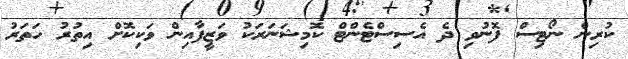
ކުރިން ނޯޓިސް ފޮނުވި ދެ އެސިސްޓެންޓް ކޮމިޝަނަރަކު ވަޒީފާއިން ވަކިކޮށް އިތުރު ހަތަރު